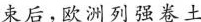
束后，欧洲列强卷土